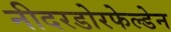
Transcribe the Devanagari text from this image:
नीदरडोरफेल्डेन